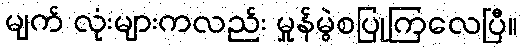
မျက် လုံးများကလည်း မှုန်မွဲစပြုကြလေပြီ။